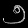
Digit: ၅